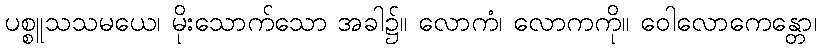
ပစ္စူသသမယေ၊ မိုးသောက်သော အခါ၌။ လောကံ၊ လောကကို။ ဝေါလောကေန္တော၊